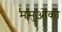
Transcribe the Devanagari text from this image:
मसुओका